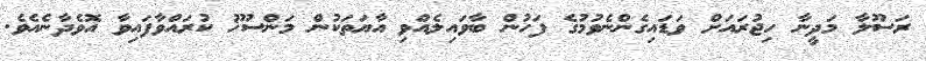
ރަސޫލާ މަދީނާ ހިޖުރައަށް ވަޑައިގެންނެވުމުގެ ފަހުން ބާވައިލެއްވި އާޔަތަކުން މަންސޫޚު ކުރައްވާފައިވާ އޮވެދާނެއެވެ.